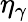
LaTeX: \eta_{\gamma}